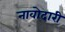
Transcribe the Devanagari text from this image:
नावोदारी